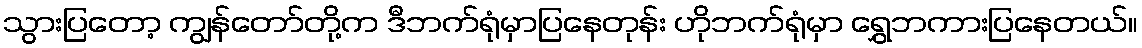
သွားပြတော့ ကျွန်တော်တို့က ဒီဘက်ရုံမှာပြနေတုန်း ဟိုဘက်ရုံမှာ ရွှေဘကားပြနေတယ်။